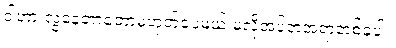
ဒါဟာ လွဲနေတာတော့မဟုတ်ပေမယ့် မလိုအပ်တဲ့အရာတစ်ခုပါ။